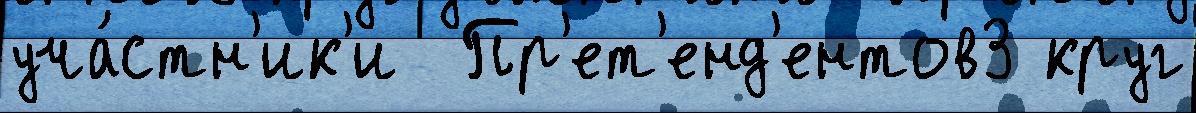
уча́стн'ик'и  Пр'ет'енд'ентов3 круг